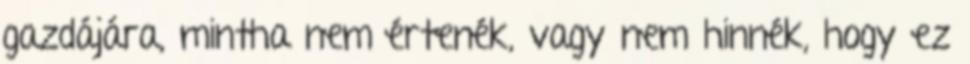
gazdájára, mintha nem értenék, vagy nem hinnék, hogy ez